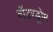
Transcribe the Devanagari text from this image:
वॉटरड्रोम